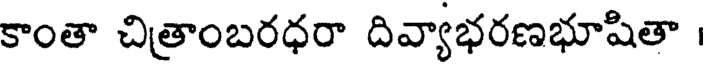
కాంతా చిత్రాంబరధరా దివ్యాభరణభూషితా